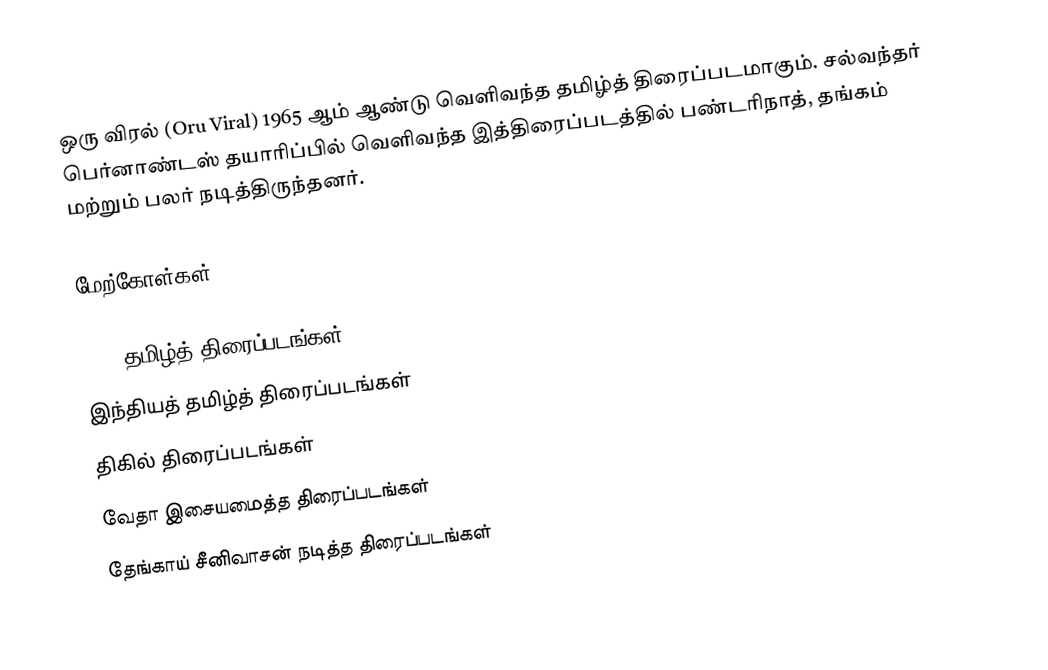
ஒரு விரல் (Oru Viral) 1965 ஆம் ஆண்டு வெளிவந்த தமிழ்த் திரைப்படமாகும். சல்வந்தர் பெர்னாண்டஸ் தயாரிப்பில் வெளிவந்த இத்திரைப்படத்தில் பண்டரிநாத், தங்கம் மற்றும் பலர் நடித்திருந்தனர்.

மேற்கோள்கள்

1965 தமிழ்த் திரைப்படங்கள்
இந்தியத் தமிழ்த் திரைப்படங்கள்
திகில் திரைப்படங்கள்
வேதா இசையமைத்த திரைப்படங்கள்
தேங்காய் சீனிவாசன் நடித்த திரைப்படங்கள்